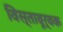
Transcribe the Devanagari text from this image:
विस्तावूर्वक